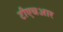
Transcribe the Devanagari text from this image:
टीएचआर